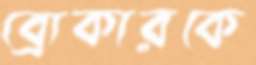
ব্রোকারকে